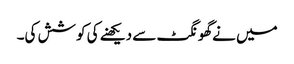
میں نےگھونگٹ سے دیکھنے کی کوشش کی۔